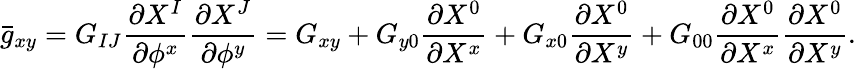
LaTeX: \bar{g}_{xy}=G_{IJ}\frac{\partial{X^{I}}}{\partial{{\phi}^{x}}}\frac{\partial{X^{J}}}{\partial{{\phi}^{y}}}=G_{xy}+G_{y0}\frac{\partial{X^{0}}}{\partial{X^{x}}}+G_{x0}\frac{\partial{X^{0}}}{\partial{X^{y}}}+G_{00}\frac{\partial{X^{0}}}{\partial{X^{x}}}\frac{\partial{X^{0}}}{\partial{X^{y}}}.